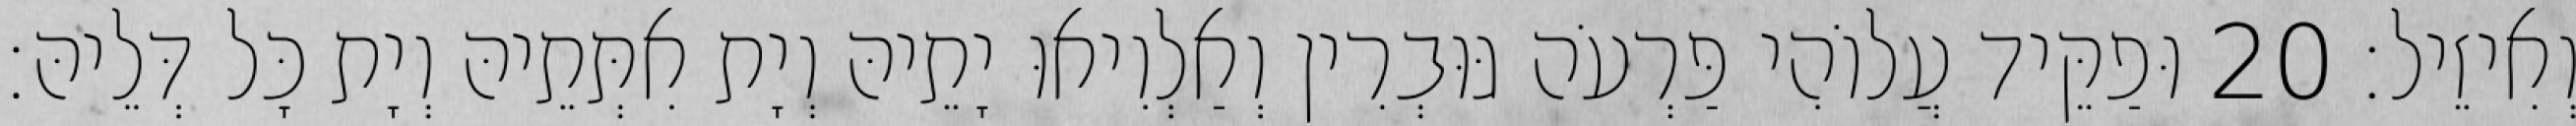
וְאִיזֵיל׃ 20 וּפַקֵּיד עֲלוֹהִי פַּרְעֹה גּוּבְרִין וְאַלְוִיאוּ יָתֵיהּ וְיָת אִתְּתֵיהּ וְיָת כָּל דְּלֵיהּ׃